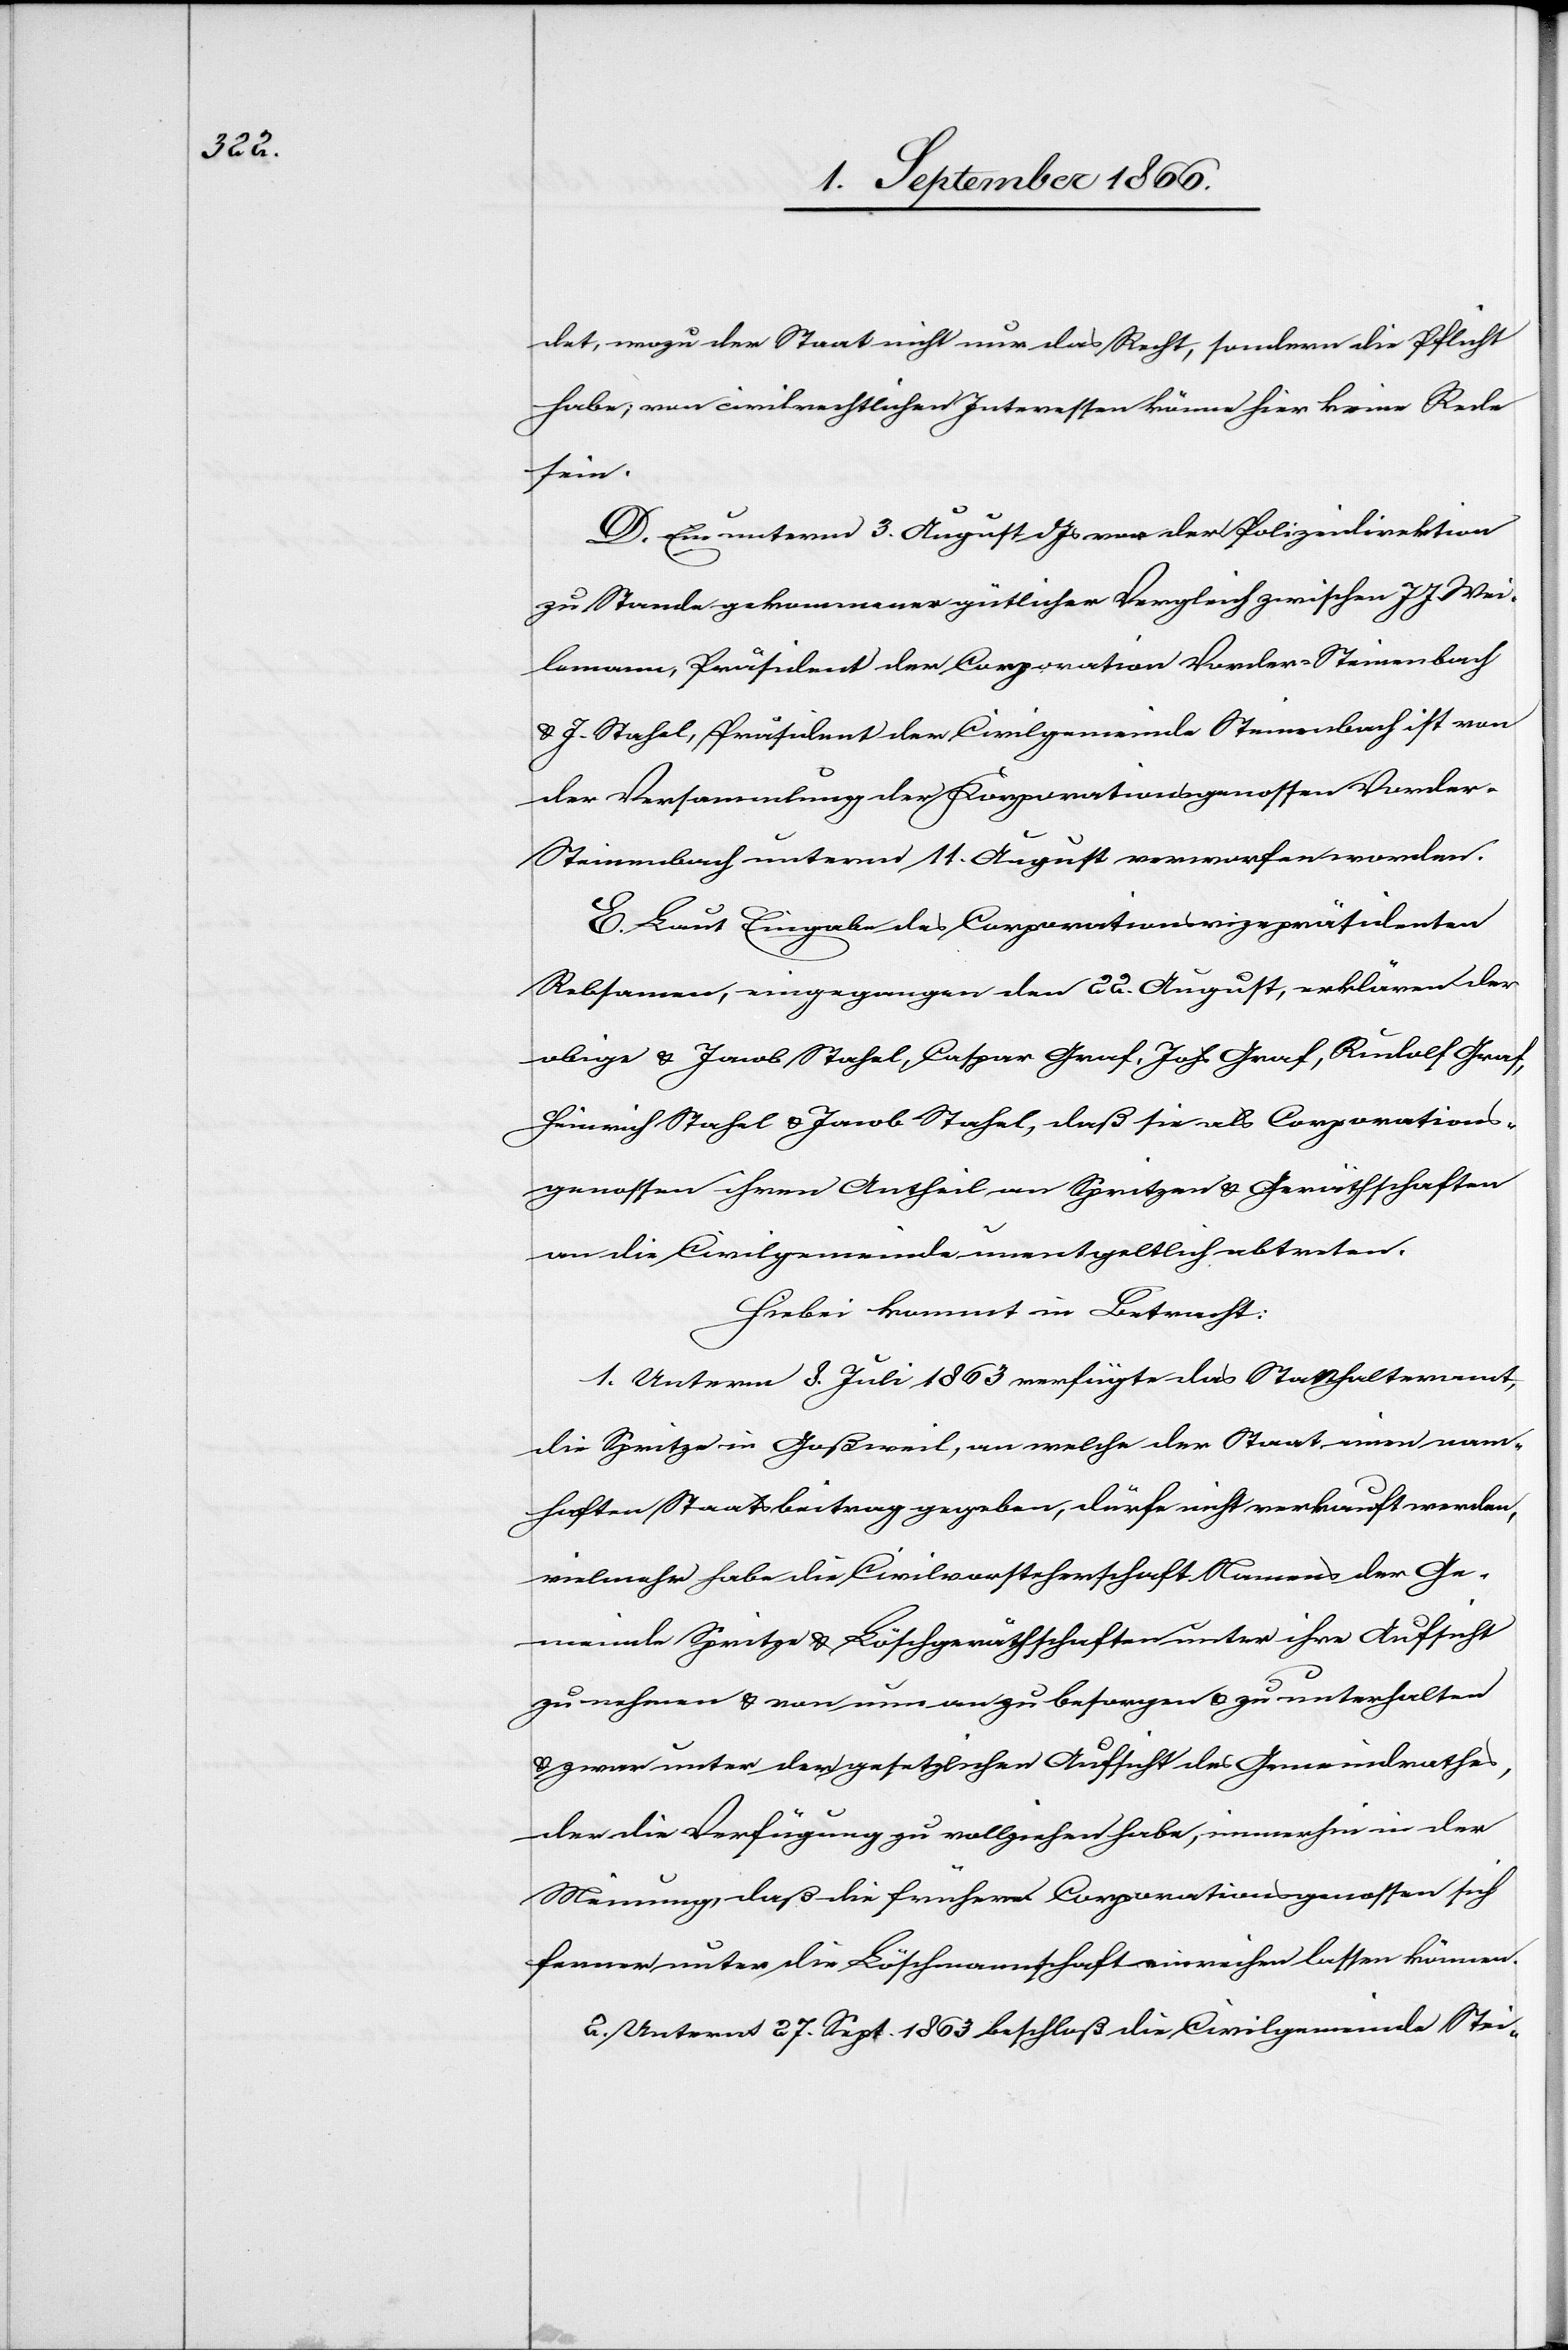
det, wozu der Staat nicht nur das Recht, sondern die Pflicht
habe, von civilrechtlichen Interessen könne hier keine Rede
sein.
D. Ein unterm 3. August dJs. von der Polizeidirektion
zu Stande gekommener gütlicher Vergleich zwischen J. J. Wei¬
lemann, Präsident der Corporation Vorder-Steinenbach
u. J. Stahel, Präsident der Civilgemeinde Steinenbach ist von
der Versammlung der Korporationsgenossen Vorder-S¬
teinenbach unterm 11. August verworfen worden.
E. Laut Eingabe des Corporationsvizepräsidenten
Rebsamen, eingegangen den 22. August, erklären der
obige u. Jacob Stahel, Caspar Graf, Johs. Graf, Rudolf Graf,
Heinrich Stahel u. Jacob Stahel, daß sie als Corporations¬
genossen ihren Antheil an Spritzen u. Geräthschaften
an die Civilgemeinde unentgeltlich abtreten.
Hiebei kommt in Betracht:
1. Unterm 8. Juli 1863 verfügte das Statthalteramt,
die Spritze in Goßweil, an welche der Staat einen nam¬
haften Staatsbeitrag gegeben, dürfe nicht verkauft werden,
vielmehr habe die Civilvorsteherschaft Namens der Ge¬
meinde Spritze u. Löschgeräthschaften unter ihre Aufsicht
zu nehmen u. von nun an zu besorgen u. zu unterhalten
u. zwar unter der gesetzlichen Aufsicht des Gemeindrathes,
der die Verfügung zu vollziehen habe, immerhin in der
Meinung, daß die frühern Corporationsgenossen sich
ferner unter die Löschmannschaft einreihen lassen können.
2. Unterm 27. Sept. 1863 beschloß die Civilgemeinde Stei-